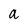
Character: a